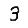
Digit: 3